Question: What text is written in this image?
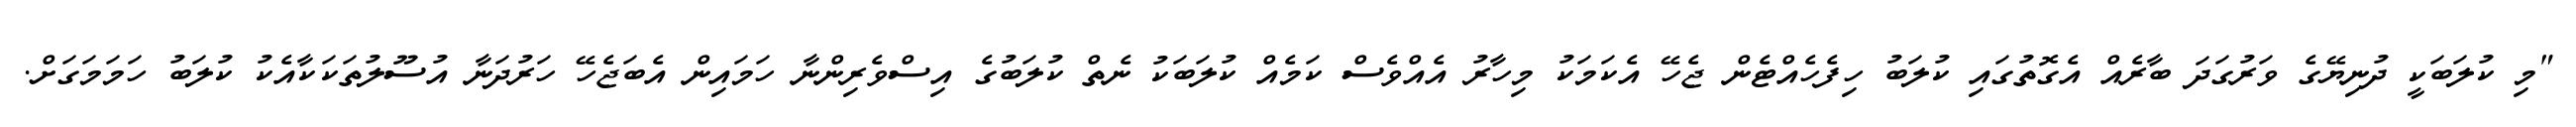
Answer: "މި ކުލަބަކީ ދުނިޔޭގެ ވަރުގަދަ ބާރެއް އެގޮތުގައި ކުލަބު ހިފެހެއްޓެން ޖެހޭ އެކަމަކު މިހާރު އެއްވެސް ކަމެއް ކުލަބަކު ނެތް ކުލަބުގެ އިސްވެރިންނާ ހަމައިން އެބަޖެހޭ ހަރުދަނާ އުސޫލުތަކަކާއެކު ކުލަބު ހަމަމަގަށް.